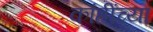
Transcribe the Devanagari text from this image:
कांहींच्या